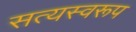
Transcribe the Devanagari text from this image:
सत्‍यस्‍वरूप